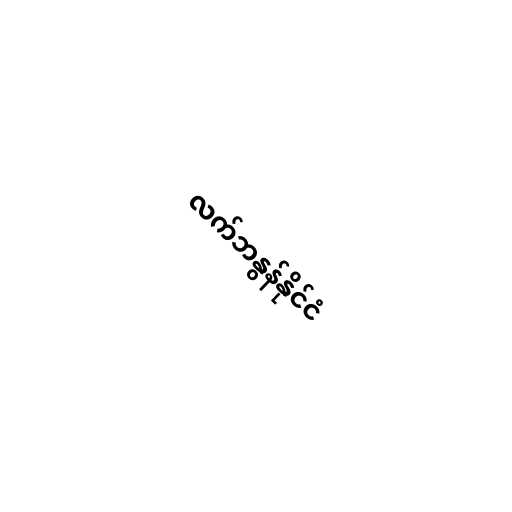
လက်ဘနွန်နိုင်ငံ